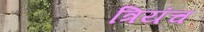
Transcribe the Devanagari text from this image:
त्रियंच